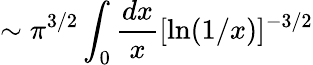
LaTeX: \sim\pi^{3/2}\int_{0}{\frac{dx}{x}}[\ln(1/x)]^{-3/2}